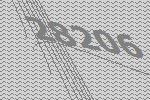
28206